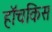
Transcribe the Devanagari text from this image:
हॉचकिस